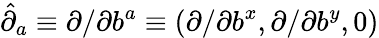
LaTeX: \hat{\partial}_{a}\equiv\partial/\partial b^{a}\equiv(\partial/\partial b^{x},\partial/\partial b^{y},0)